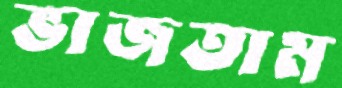
ভাজতাম